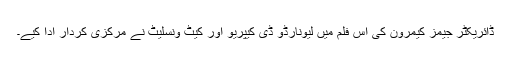
ڈائریکٹر جیمز کیمرون کی اس فلم میں لیونارڈو ڈی کیپریو اور کیٹ ونسلیٹ نے مرکزی کردار ادا کیے۔